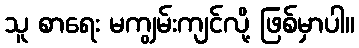
သူ စာရေး မကျွမ်းကျင်လို့ ဖြစ်မှာပါ။